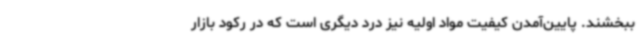
ببخشند. پایین‌آمدن کیفیت مواد اولیه نیز درد دیگری است که در رکود بازار